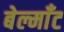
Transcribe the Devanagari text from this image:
बेल्माँट